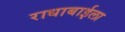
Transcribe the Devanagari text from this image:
राधाबाईला